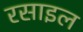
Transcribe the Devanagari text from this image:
रसाइल